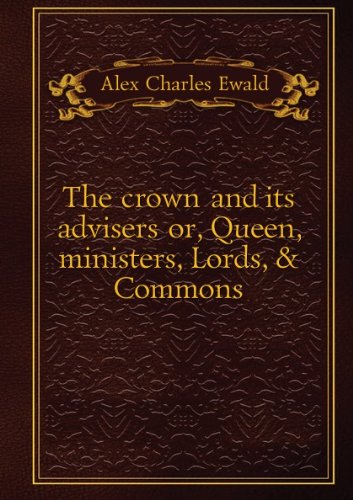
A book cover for The crown and its advisers;: Or, Queen, ministers, Lords, & Commons; Alex. Charles Ewald; Crafts, Hobbies & Home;